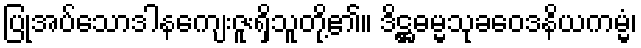
ပြုအပ်သောဒါနကျေးဇူးရှိသူတို့၏။ ဒိဋ္ဌဓမ္မသုခဝေဒနိယကမ္မံ၊